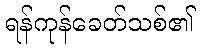
ရန်ကုန်ခေတ်သစ်၏